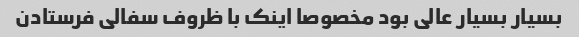
بسیار بسیار عالی بود مخصوصا اینک با ظروف سفالی فرستادن